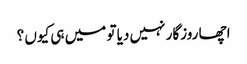
اچھا روزگار نہیں دیا تو میں ہی کیوں ؟